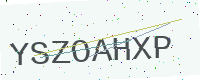
Text: YSZOAHXP